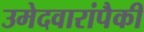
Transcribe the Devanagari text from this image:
उमेदवारांपैकी